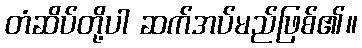
တံဆိပ်တို့ပါ ဆက်အပ်မည်ဖြစ်၏။